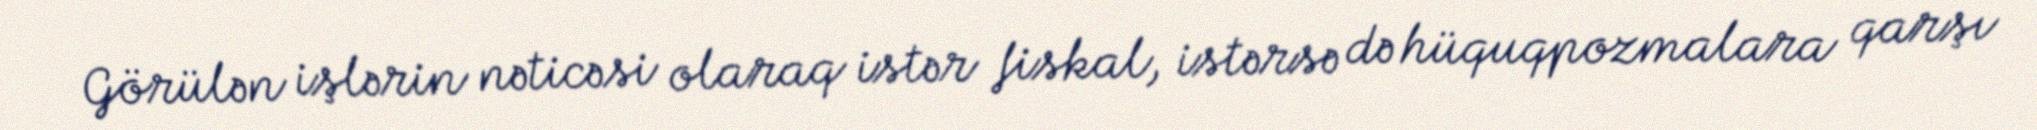
Görülən işlərin nəticəsi olaraq istər fiskal, istərsə də hüquqpozmalara qarşı